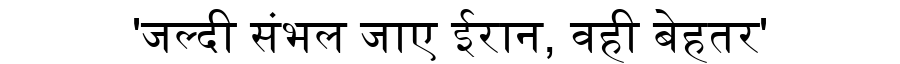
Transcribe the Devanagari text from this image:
'जल्दी संभल जाए ईरान, वही बेहतर'